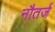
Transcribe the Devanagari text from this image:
नौतर्ज